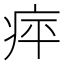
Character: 𤵣